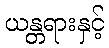
ယန္တရားနှင့်